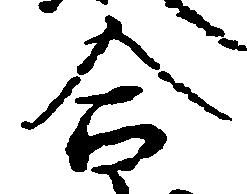
合